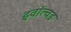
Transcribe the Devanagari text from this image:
इवॉल्वड